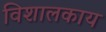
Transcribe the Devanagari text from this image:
विशालकाय